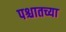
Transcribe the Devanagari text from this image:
पश्चातच्या